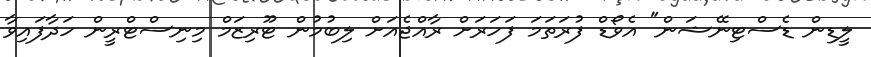
ލީޑިން ޑެސްޓިނޭޝަން" އެވޯޑް ފުރަތަމަ ފަހަރަށް ރާއްޖެއަށް ލިބުމުން ޓޫރިޒަމް މިނިސްޓްރީން ހަދާފައިވާ